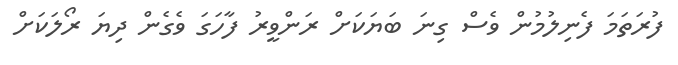
ފުރަތަމަ ފެނިލުމުން ވެސް ގިނަ ބަޔަކަށް ރަންވީރު ފާހަގަ ވެގެން ދިޔަ ރޯލަކަށް